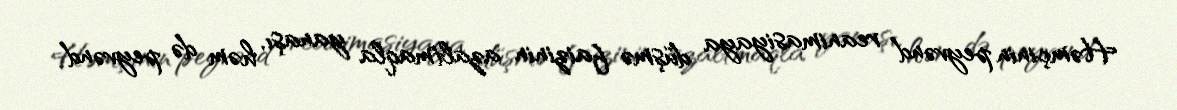
Həmçinin peyvənd reanimasiyaya düşmə faizinin azaltmaqla yanaşı, həm də peyvənd